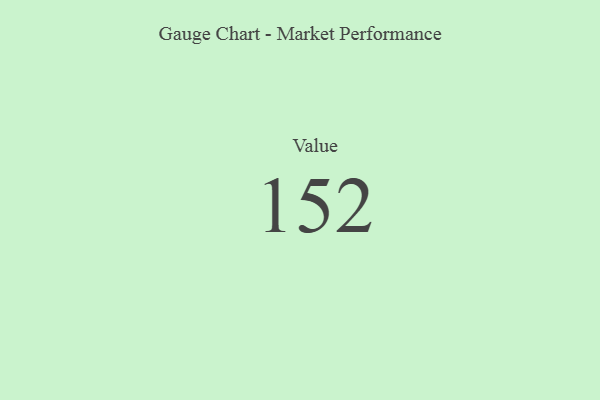
{"axis": {"x": "Metric", "y": "Value"}, "legend": [""], "data": [{"x": "Value", "y": 152, "type": ""}]}